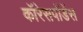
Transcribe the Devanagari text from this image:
कॉरेसपोंडेंस